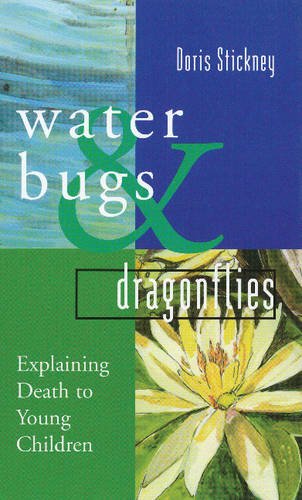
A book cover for Water Bugs and Dragonflies: Explaining Death to Young Children; Doris Stickney; Self-Help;